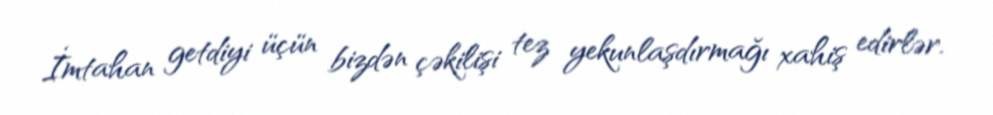
İmtahan getdiyi üçün bizdən çəkilişi tez yekunlaşdırmağı xahiş edirlər.